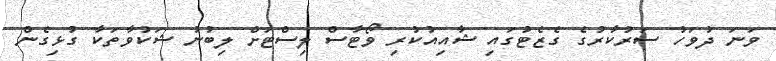
ވަނަ ދުވަހު ސަރުކާރުގެ ގެޒެޓުގައި ޝާއިއުކުރި ވޯޓާސް ލިސްޓަށް ލިބުނު ޝަކުވާތަކާ ގުޅިގެން